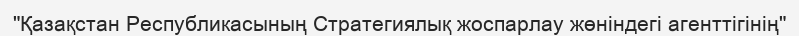
"Қазақстан Республикасының Стратегиялық жоспарлау жөніндегі агенттігінің"